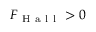
F _ { \mathrm { ~ H ~ a ~ l ~ l ~ } } > 0